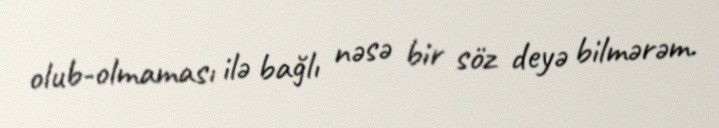
olub-olmaması ilə bağlı nəsə bir söz deyə bilmərəm.